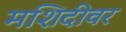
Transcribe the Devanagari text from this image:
मशिदीवर